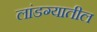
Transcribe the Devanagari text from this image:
लांडग्यातील